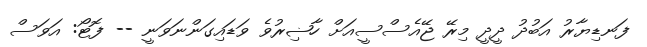
ފަނޑިޔާރު އަބުދު ދީދީ މިރޭ ޖޭއެސްސީއަށް ހާޟިރުވެ ވަޑައިގަންނަވަނީ -- ފޮޓޯ: އަވަސް